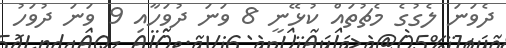
ދެވަނަ ލެގުގެ މެޗުތައް ކުޅޭނީ 8 ވަނަ ދުވަހާއި 9 ވަނަ ދުވަހު